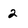
Character: 2